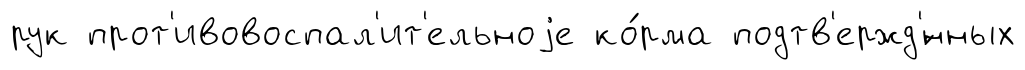
рук прот'ивовоспал'ит'ельноjе ко́рма подтв'ержд'́нных